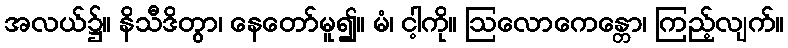
အလယ်၌။ နိသီဒိတွာ၊ နေတော်မူ၍။ မံ၊ ငါ့ကို။ ဩလောကေန္တော၊ ကြည့်လျက်။